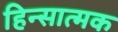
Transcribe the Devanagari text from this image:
हिन्सात्मक